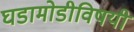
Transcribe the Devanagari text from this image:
घडामोडीविषयी